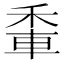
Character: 𨋟